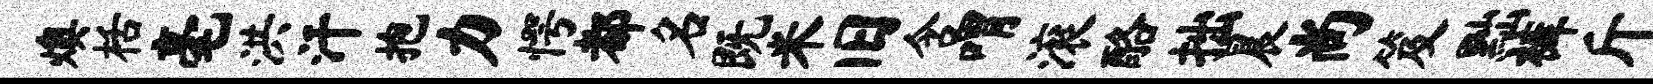
燠栝毫洪汗抱力愕都名既米旧含喟滚酪拙晨尚笈黜裤斤